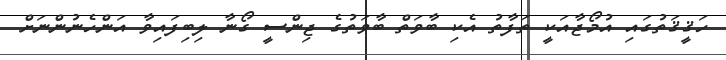
ހަޤީޤަތުގައި އުމޯޖާއަކީ ތަފާތު އެކި ބާވަތް ބާވަތުގެ ޖިންސީ ގޯނާ ލިބިފައިވާ އަންހެނުންނަށް